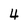
Character: 4